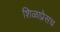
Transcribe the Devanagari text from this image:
शिळाप्रेसच